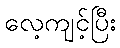
လေ့ကျင့်ပြီး